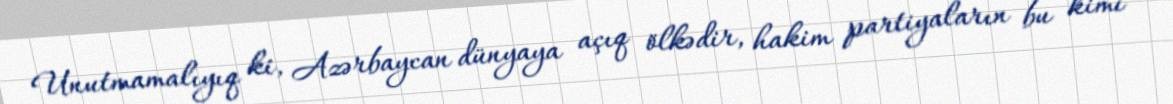
Unutmamalıyıq ki, Azərbaycan dünyaya açıq ölkədir, hakim partiyaların bu kimi